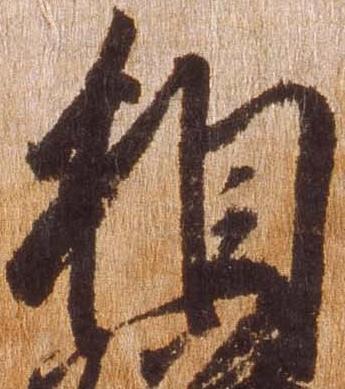
相